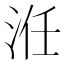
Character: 㳝